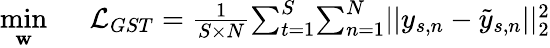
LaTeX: \begin{array}{rl}{\underset{\mathbf{w}}{\mathop{\operatorname*{min}}}}&{{}~~\mathcal{L}_{GST}=\frac{1}{S\times N}{\sum_{t=1}^{S}}{\sum_{n=1}^{N}}||y_{s,n}-\tilde{y}_{s,n}||_{2}^{2}}\end{array}